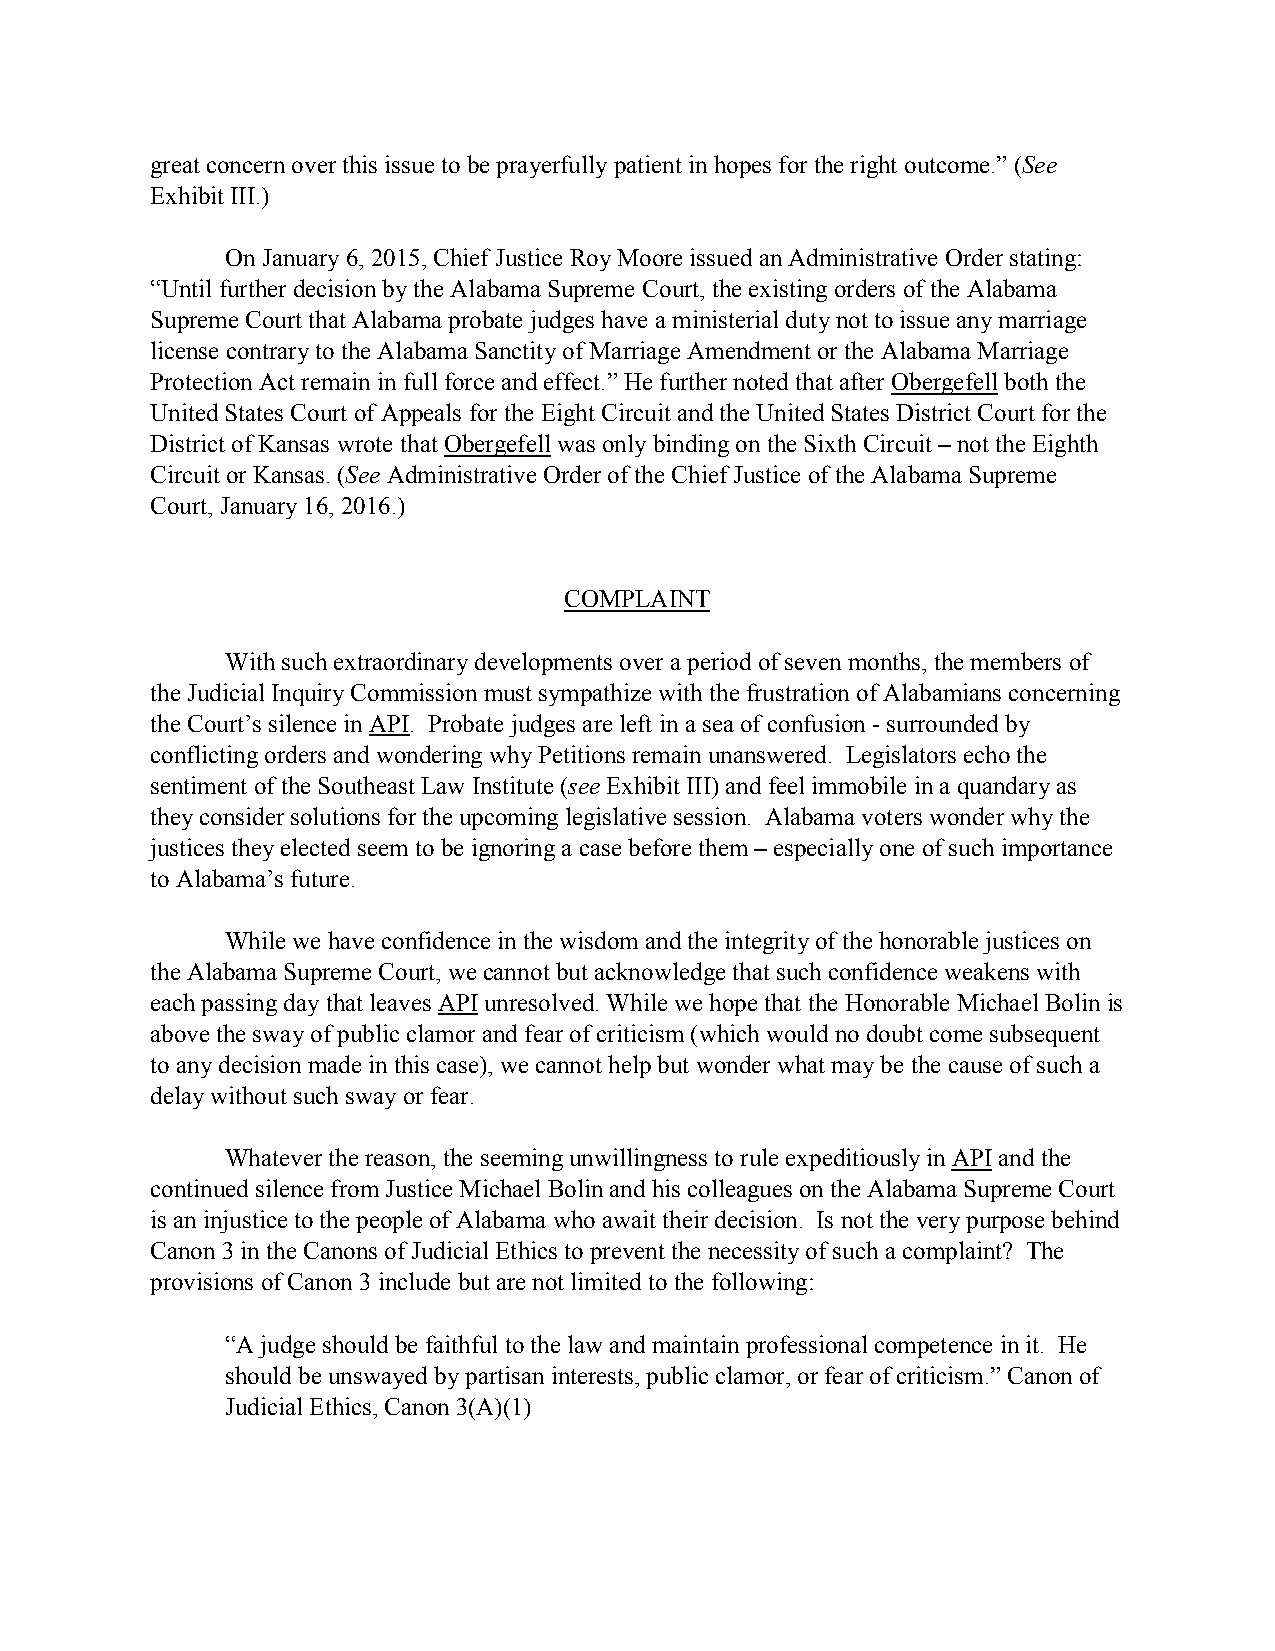
great concern over this issue to be prayerfully patient in hopes for the right outcome.” (See
 Exhibit III.)
 On January 6, 2015, Chief Justice Roy Moore issued an Administrative Order stating:
 “Until further decision by the Alabama Supreme Court, the existing orders of the Alabama
 Supreme Court that Alabama probate judges have a ministerial duty not to issue any marriage
 license contrary to the Alabama Sanctity of Marriage Amendment or the Alabama Marriage
 Protection Act remain in full force and effect.” He further noted that after Obergefell both the
 United States Court of Appeals for the Eight Circuit and the United States District Court for the
 District of Kansas wrote that Obergefell was only binding on the Sixth Circuit – not the Eighth
 Circuit or Kansas. (See Administrative Order of the Chief Justice of the Alabama Supreme
 Court, January 16, 2016.)
 COMPLAINT
 With such extraordinary developments over a period of seven months, the members of
 the Judicial Inquiry Commission must sympathize with the frustration of Alabamians concerning
 the Court’s silence in API. Probate judges are left in a sea of confusion - surrounded by
 conflicting orders and wondering why Petitions remain unanswered. Legislators echo the
 sentiment of the Southeast Law Institute (see Exhibit III) and feel immobile in a quandary as
 they consider solutions for the upcoming legislative session. Alabama voters wonder why the
 justices they elected seem to be ignoring a case before them – especially one of such importance
 to Alabama’s future.
 While we have confidence in the wisdom and the integrity of the honorable justices on
 the Alabama Supreme Court, we cannot but acknowledge that such confidence weakens with
 each passing day that leaves API unresolved. While we hope that the Honorable Michael Bolin is
 above the sway of public clamor and fear of criticism (which would no doubt come subsequent
 to any decision made in this case), we cannot help but wonder what may be the cause of such a
 delay without such sway or fear.
 Whatever the reason, the seeming unwillingness to rule expeditiously in API and the
 continued silence from Justice Michael Bolin and his colleagues on the Alabama Supreme Court
 is an injustice to the people of Alabama who await their decision. Is not the very purpose behind
 Canon 3 in the Canons of Judicial Ethics to prevent the necessity of such a complaint? The
 provisions of Canon 3 include but are not limited to the following:
 “A judge should be faithful to the law and maintain professional competence in it. He
 should be unswayed by partisan interests, public clamor, or fear of criticism.” Canon of
 Judicial Ethics, Canon 3(A)(1)